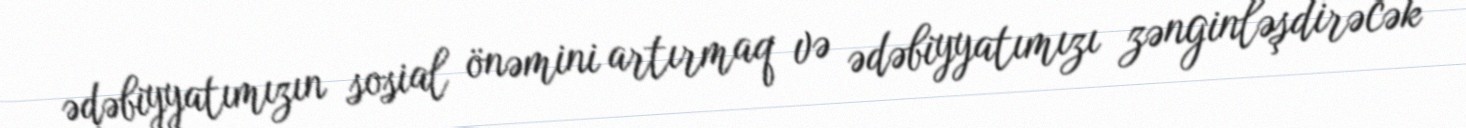
ədəbiyyatımızın sosial önəmini artırmaq və ədəbiyyatımızı zənginləşdirəcək